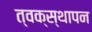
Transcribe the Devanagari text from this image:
त्वक्स्थापन